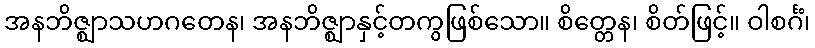
အနဘိဇ္ဈာသဟဂတေန၊ အနဘိဇ္ဈာနှင့်တကွဖြစ်သော။ စိတ္တေန၊ စိတ်ဖြင့်။ ဝါစင်္ဂံ၊